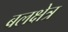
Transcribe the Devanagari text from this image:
बलक्षेत्र